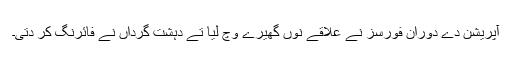
آپریشن دے دوران فورسز نے علاقے نوں گھیرے وچ لیا تے دہشت گرداں نے فائرنگ کر دتی۔